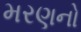
મરણનો